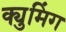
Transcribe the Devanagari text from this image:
क्युमिंग